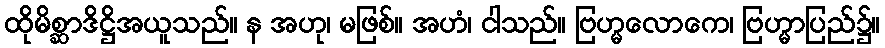
ထိုမိစ္ဆာဒိဋ္ဌိအယူသည်။ န အဟု၊ မဖြစ်။ အဟံ၊ ငါသည်။ ဗြဟ္မလောကေ၊ ဗြဟ္မာပြည်၌။